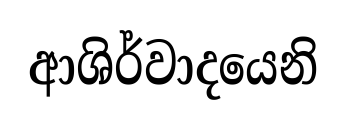
ආශිර්වාදයෙනි